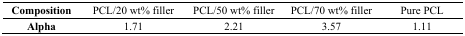
<table><thead><tr><td><b>Composition</b></td><td><b>PCL/20 wt% filler</b></td><td><b>PCL/50 wt% filler</b></td><td><b>PCL/70 wt% filler</b></td><td><b>Pure PCL</b></td></tr></thead><tbody><tr><td><b>Alpha</b></td><td>1.71</td><td>2.21</td><td>3.57</td><td>1.11</td></tr></tbody></table>